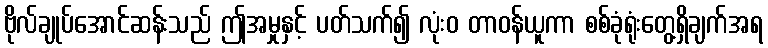
ဗိုလ်ချုပ်အောင်ဆန်းသည် ဤအမှုနှင့် ပတ်သက်၍ လုံးဝ တာဝန်ယူကာ စစ်ခုံရုံးတွေ့ရှိချက်အရ